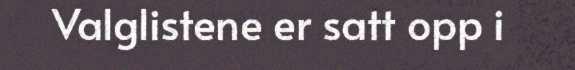
Valglistene er satt opp i